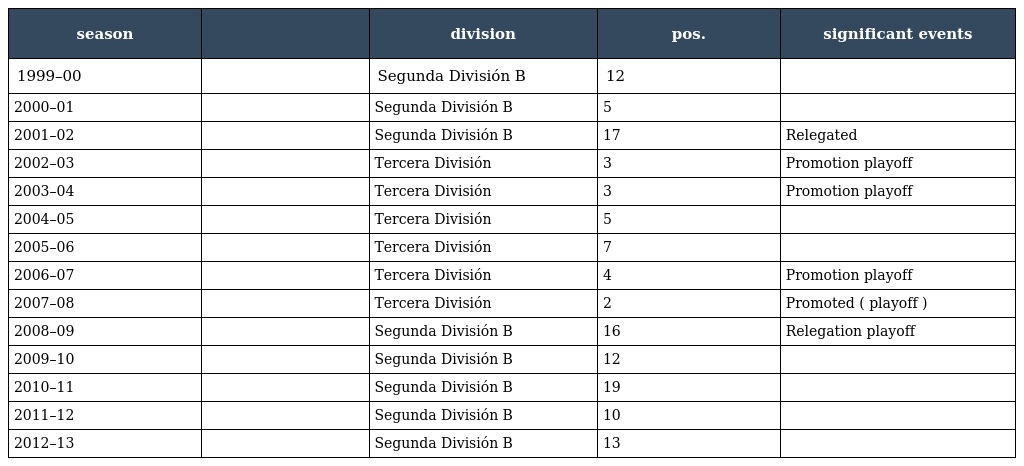
| season |  | division | pos. | significant events |
 | --- | --- | --- | --- | --- |
 | 1999–00 |  | Segunda División B | 12 |  |
 | 2000–01 |  | Segunda División B | 5 |  |
 | 2001–02 |  | Segunda División B | 17 | Relegated |
 | 2002–03 |  | Tercera División | 3 | Promotion playoff |
 | 2003–04 |  | Tercera División | 3 | Promotion playoff |
 | 2004–05 |  | Tercera División | 5 |  |
 | 2005–06 |  | Tercera División | 7 |  |
 | 2006–07 |  | Tercera División | 4 | Promotion playoff |
 | 2007–08 |  | Tercera División | 2 | Promoted ( playoff ) |
 | 2008–09 |  | Segunda División B | 16 | Relegation playoff |
 | 2009–10 |  | Segunda División B | 12 |  |
 | 2010–11 |  | Segunda División B | 19 |  |
 | 2011–12 |  | Segunda División B | 10 |  |
 | 2012–13 |  | Segunda División B | 13 |  |